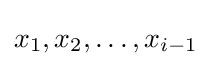
x_{1},x_{2},\ldots ,x_{i-1}